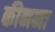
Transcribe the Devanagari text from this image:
कीनना